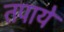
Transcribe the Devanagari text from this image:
तपाये